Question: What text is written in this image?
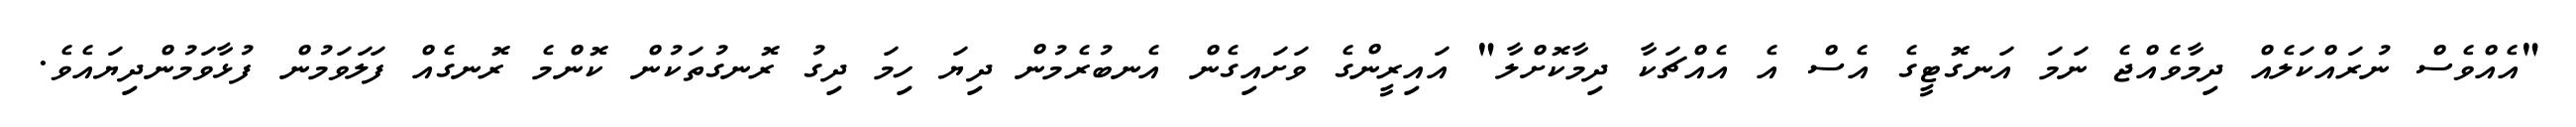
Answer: "އެއްވެސް ނުރައްކަލެއް ދިމާވެއްޖެ ނަމަ އަނގޮޓީގެ އެސް އެ އެއްޗަކާ ދިމާކޮށްލާ" އައިރީންގެ ވަށައިގެން އެނބުރެމުން ދިޔަ ހިމަ ދިގު ރޮނގުތަކުން ކޮންމެ ރޮނގެއް ފަލަވަމުން ފުޅާވަމުންދިޔައެވެ.